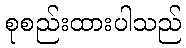
စုစည်းထားပါသည်